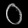
Digit: ၀